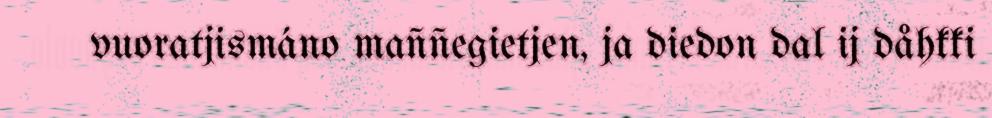
vuoratjismáno maññegietjen, ja diedon dal ij dåhkki